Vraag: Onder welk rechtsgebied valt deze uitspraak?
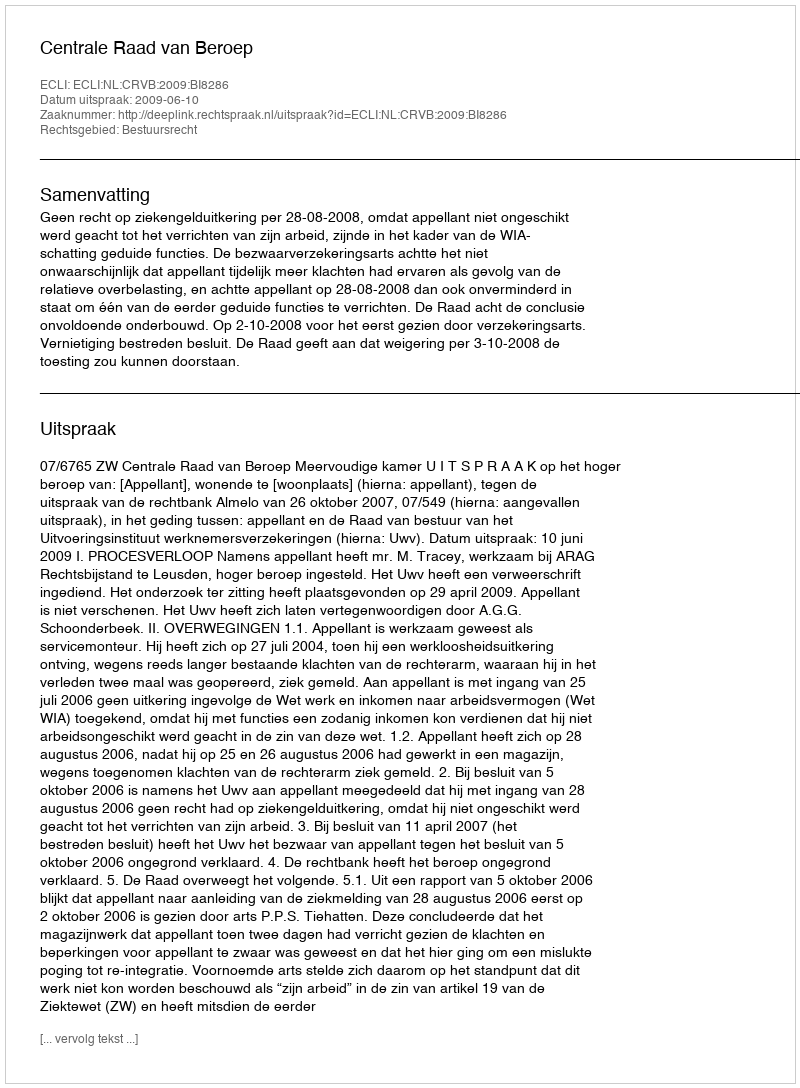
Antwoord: Bestuursrecht